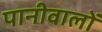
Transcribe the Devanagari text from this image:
पानीवालों